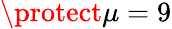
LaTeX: \protect\mu=9